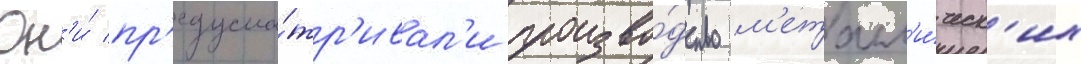
Он'и́ пр'едусма́тр'ивал'и произво́дство м'еталл'и́ческ'их